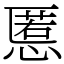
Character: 慝